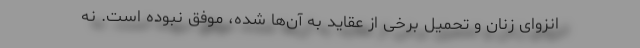
انزوای زنان و تحمیل برخی از عقاید به آن‌ها شده، موفق نبوده است. نه